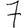
Digit: 7